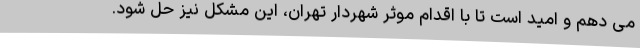
می دهم و امید است تا با اقدام موثر شهردار تهران، این مشکل نیز حل شود.